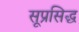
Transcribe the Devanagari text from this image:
सूप्रसिद्ध